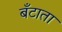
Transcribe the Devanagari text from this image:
बँटाता